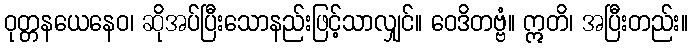
ဝုတ္တနယေနေဝ၊ ဆိုအပ်ပြီးသောနည်းဖြင့်သာလျှင်။ ဝေဒိတဗ္ဗံ။ ဣတိ၊ အပြီးတည်း။